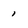
Character: 1